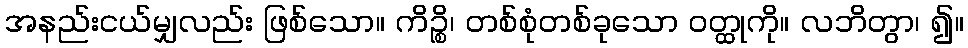
အနည်းငယ်မျှလည်း ဖြစ်သော။ ကိဉ္စိ၊ တစ်စုံတစ်ခုသော ဝတ္ထုကို။ လဘိတွာ၊ ၍။